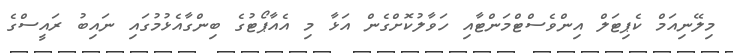
މިލޭނިއަމް ކެޕިޓަލް އިންވެސްޓްމަންޓާއި ހަވާލުކޮށްގެން އަޅާ މި އެއާޕޯޓުގެ ބިންގާއެޅުމުގައި ނައިބު ރައީސްގެ